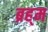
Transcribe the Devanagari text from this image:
ब्रह्‌म